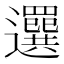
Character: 𦌻